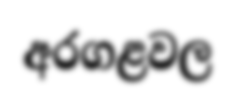
අරගළවල